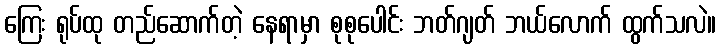
ကြေး ရုပ်ထု တည်ဆောက်တဲ့ နေရာမှာ စုစုပေါင်း ဘတ်ဂျတ် ဘယ်လောက် ထွက်သလဲ။